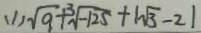
( 1 ) \sqrt { 9 } + \sqrt [ 3 ] { - 1 2 5 } + \vert \sqrt { 3 } - 2 \vert